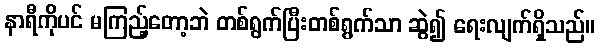
နာရီကိုပင် မကြည့်တော့ဘဲ တစ်ရွက်ပြီးတစ်ရွက်သာ ဆွဲ၍ ရေးလျက်ရှိသည်။